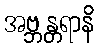
အဗ္ဘန္တရာနိ